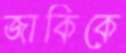
জাকিকে